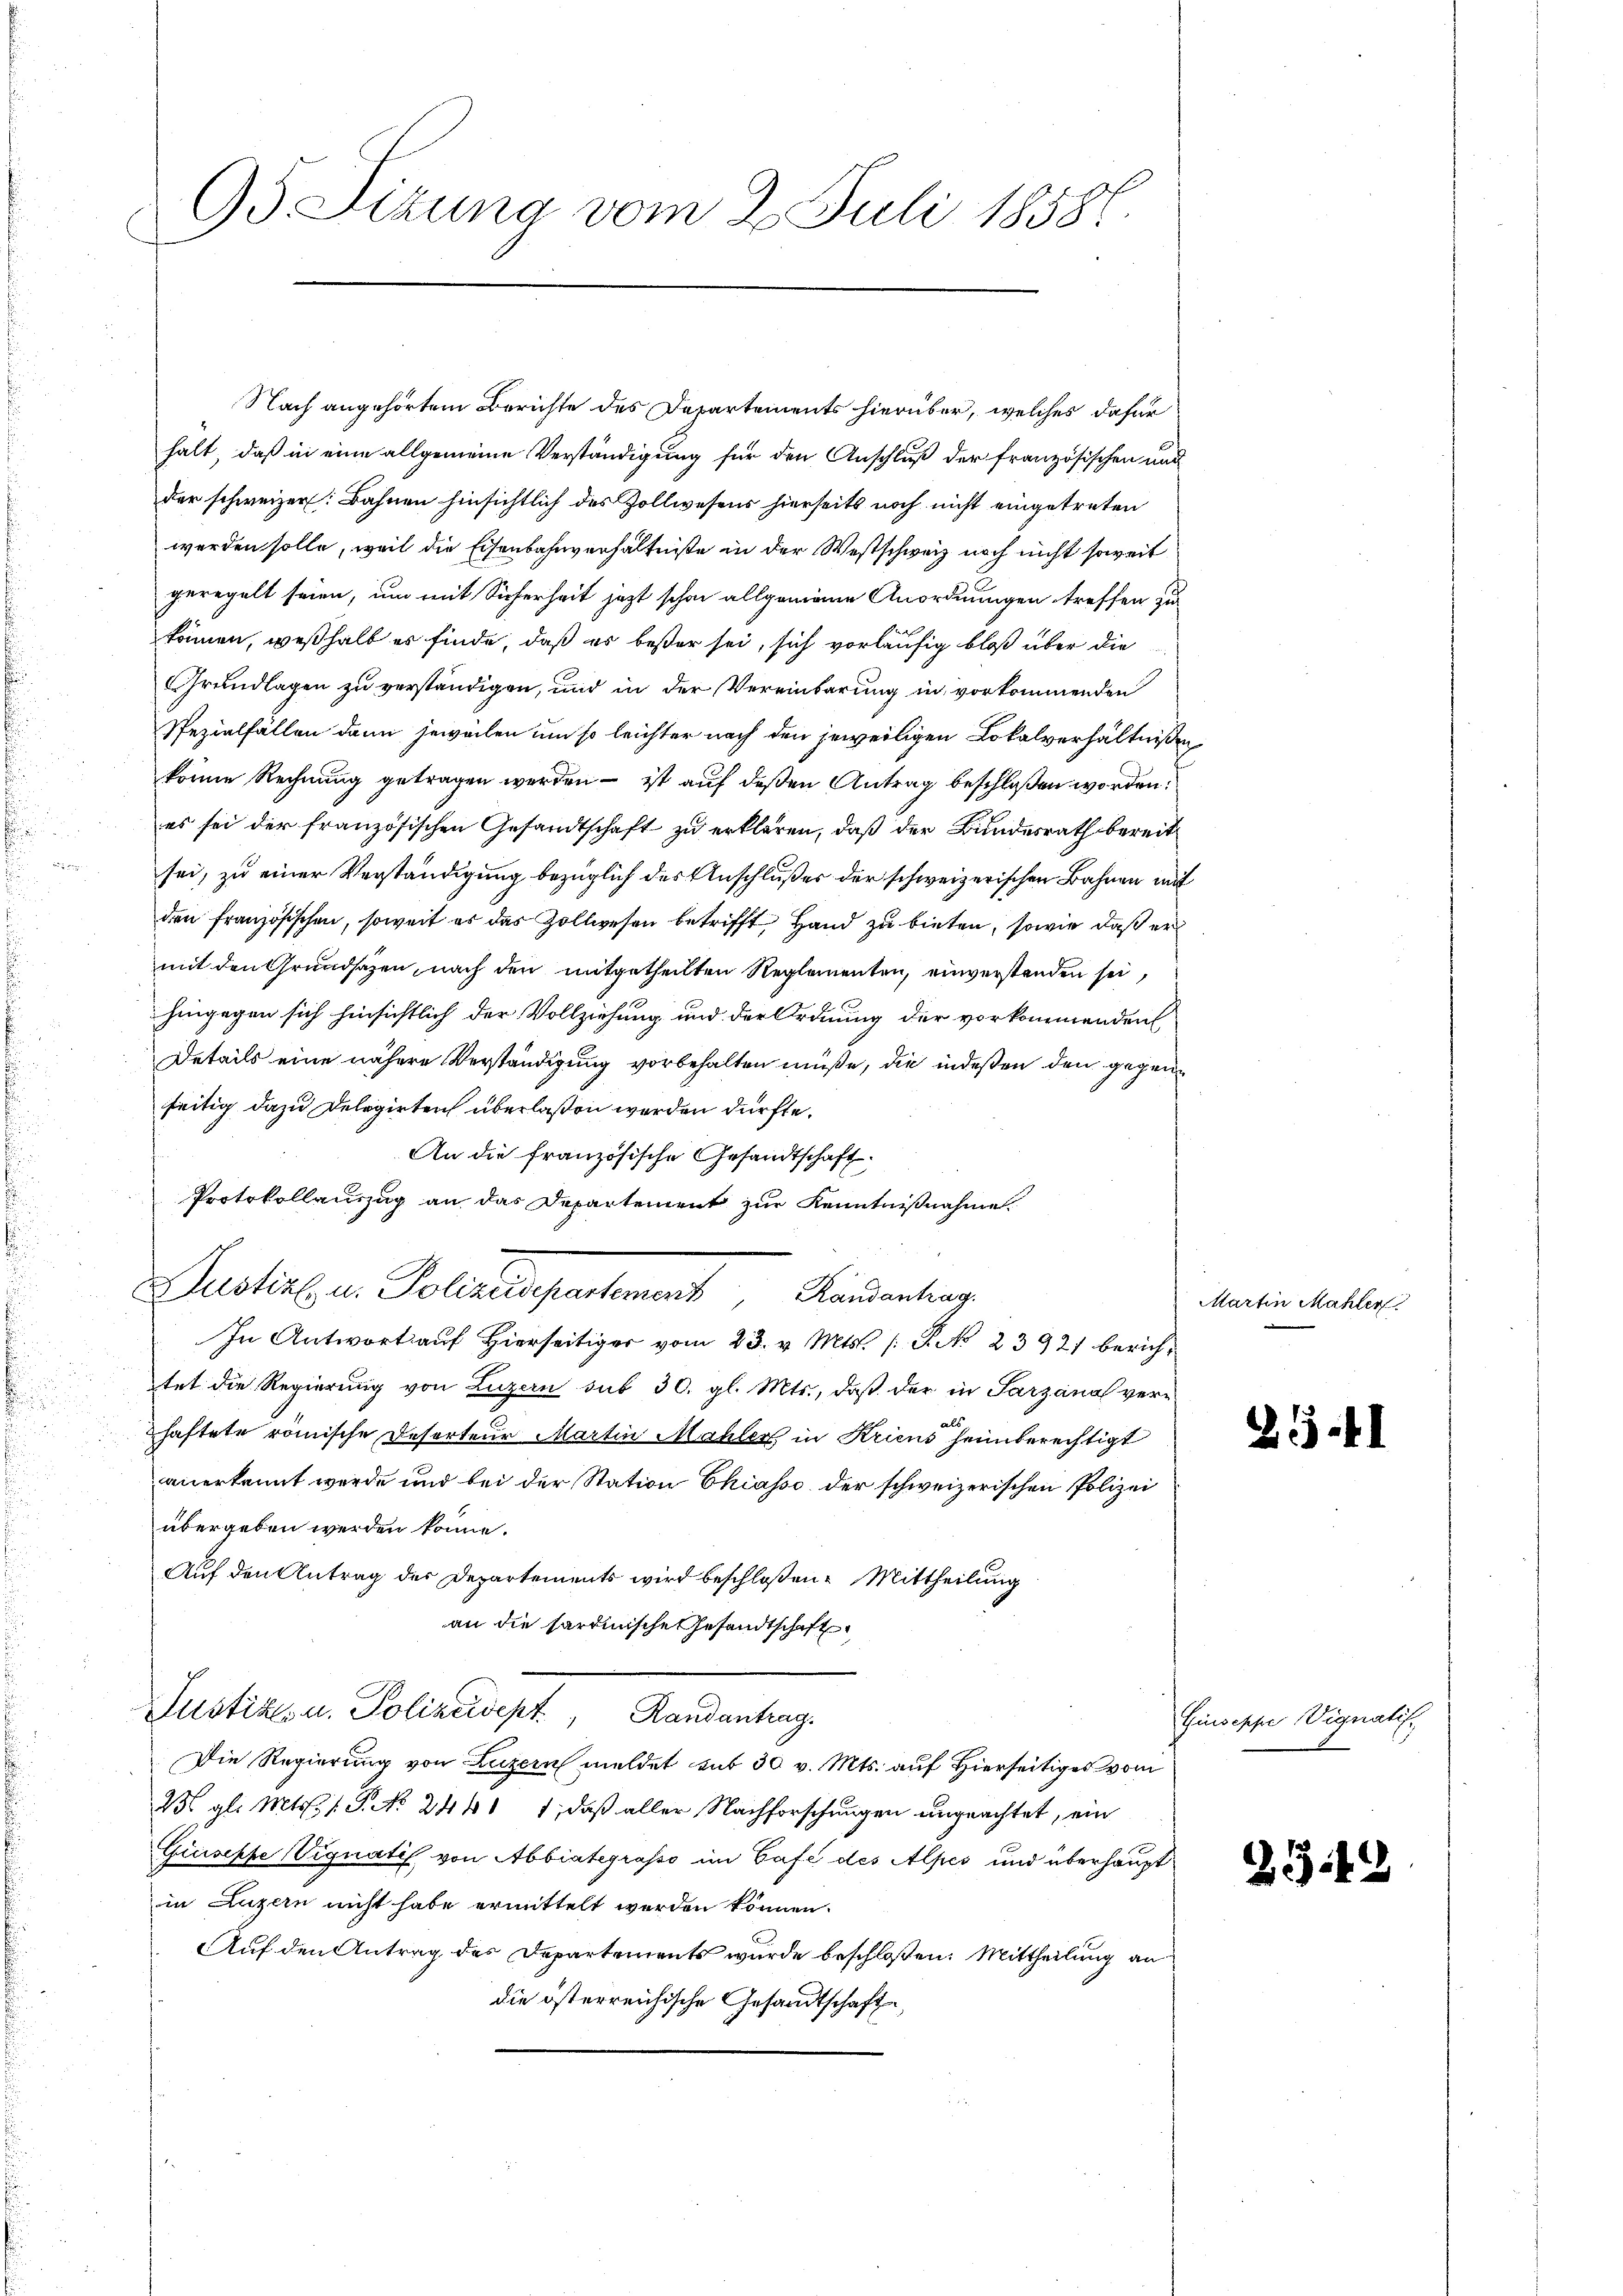
Nach angehörtem Berichte des Departements hierüber, welches dafür
halt, daß in eine allgemeine Verständigung für den Anschluß der französischen und
der schweizer: Bahnen hinsichtlich des Zollwesens hierseits noch nicht eingetreten
werden solle, weil die Eisenbahnverhältniße in der Westschweiz noch nicht soweit
geregelt seien, um mit Sicherheit jetzt schon allgemeine Anordnungen treffen zu
können, weßhalb es finde, daß er beßer sei, sich vorläufig bloß über die
Grundlagen zu verständigen, und in der Vereinbarung in vorkommenden
Spezialfällen dann jeweilen um so leichter nach den jeweiligen Lokalverhältniße
könne Rechnung getragen werden – ist auf deßen Antrag beschloßen worden.
es sei der französischen Gesandtschaft zu erklären, daß der Bundesrath bereit
sei, zu einer Verständigung bezüglich des Anschlußes der schweizerischen Bahnen und
dn französischen, soweit es das Zollwesen betrifft, Hand zu bieten, sowie daß er
mit den Grundsatzen, nach den mitgetheilten Reglementen, einverstanden sei,
hingegen sich hinsichtlich der Vollziehung und der Ordnung der vorkommenden
Details eine nähere Verständigung vorbehalten müße, die indeßen den gegenseitig dazu Delegirter überlaßen werden dürfte.
An die französische Gesandtschaft.
Protokollauszug an das Departement zur Kenntnißnahme.
Justiz u. Polizeidepartement Randantrag
In Antwort auf hierseitiger vom 23. v. Mts. S. N. 23921 berichtet die Regierung von Luzern sub 30. gl. Mts., daß der in Sarzanal verhaftete römische Desorteur Martin Mahler in Kriens heimberechtigt
anerkannt werde und bei der Station Chiasso der schweizerischen Polizei
übergeben werden könne.
Auf den Antrag des Departements wird beschloßen: Mittheilung
an die Sardinische Gesandtschaft
Justiz- u. Polizeidept, Randantrag.
Die Regierung von Luzern meldet sub 30 v. Mts. auf Hierseitiges vom
W gl. Mts. S. No. 2441 1, daß aller Nachforschungen ungeachtet, ein
Giusepfe Vignatis von Abbintegrasso im Café des Alpes und überhaupt
in Luzern nicht habe ermittelt werden können.
Auf den Antrag des Departements wurde beschloßen: Mittheilung an
die österreichische Gesandtschaft,

95 Sizung vom 2. Juli 1858.
I

Martin Mahler

2.1

Guseppe Vignatif

234